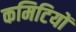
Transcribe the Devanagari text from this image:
कमिटियों